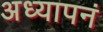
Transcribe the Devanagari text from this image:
अध्यापनं